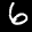
Label: 6